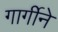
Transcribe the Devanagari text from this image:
गार्गीने